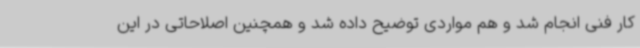
کار فنی انجام شد و هم مواردی توضیح داده شد و همچنین اصلاحاتی در این